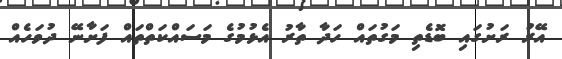
އޭރު ރަށުގައި ބޮޑެތި މަގުތައް ހަދާ ތާރު އެޅުމުގެ މަސައްކަތްތައް ފަށާނޭ ދުވަހެއް